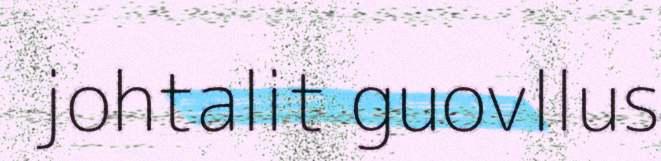
johtalit guovllus